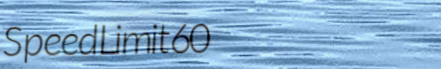
SpeedLimit60